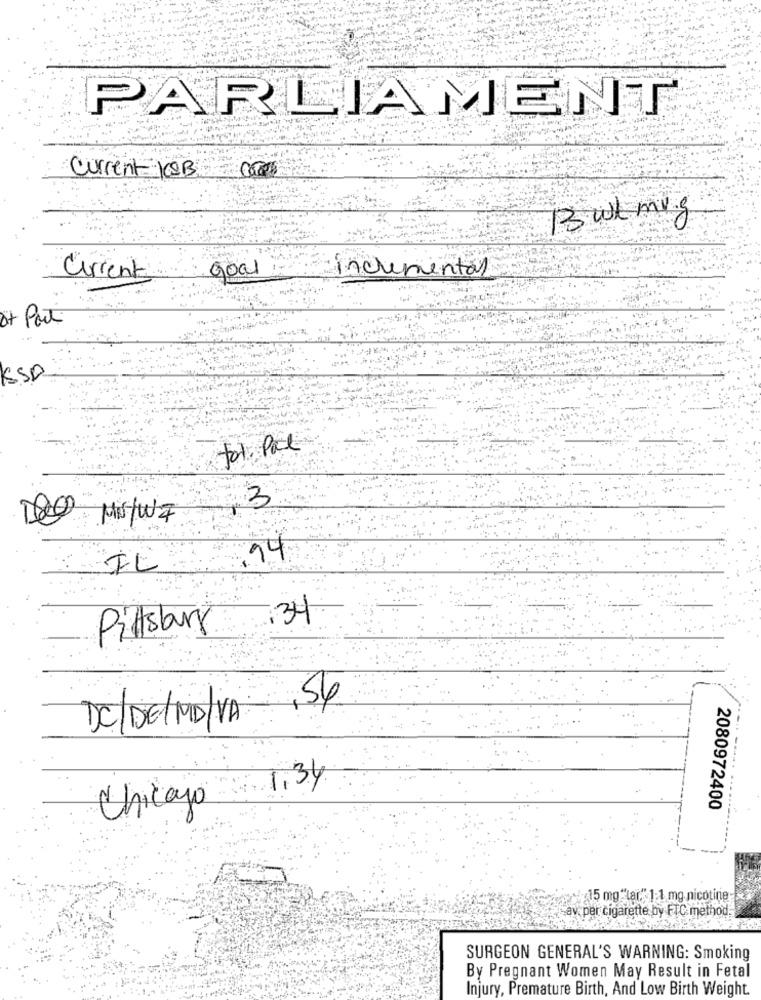
PARLIAMENT
Current JOB
Bwl mig
Goal
Current
incremental
of Port
KSA
for Pack
8000
3
Mis/W 7
94
134
Pillsbury
56
DC/DE/ MD/VA
Chicago 1.34
2080972400
15 mg "lar." 1:1 mg nicotine
-av. per cigarette by FTC method.
SURGEON GENERAL'S WARNING: Smoking
By Pregnant Women May Result in Fetal
Injury, Premature Birth, And Low Birth Weight